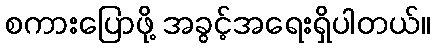
စကားပြောဖို့ အခွင့်အရေးရှိပါတယ်။